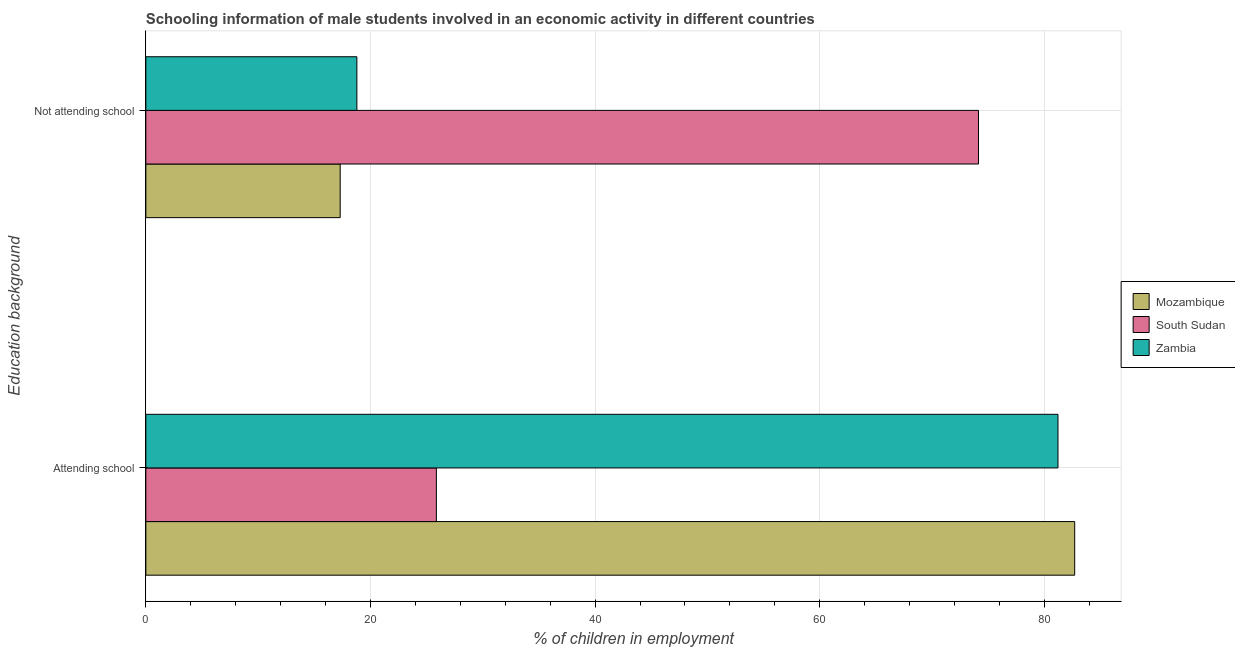
| Education background | Mozambique | South Sudan | Zambia |
 | --- | --- | --- | --- |
 | Attending school | 82.7 | 25.9 | 81.2 |
 | Not attending school | 17.3 | 74.1 | 18.8 |